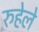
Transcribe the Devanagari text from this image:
रुहेले